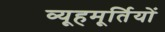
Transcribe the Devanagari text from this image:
व्यूहमूर्तियों